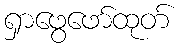
ရှာဖွေဖော်ထုတ်